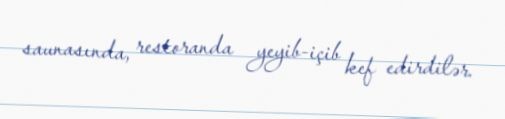
saunasında, restoranda yeyib-içib kef edirdilər.